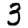
Digit: 3